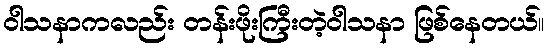
ဝါသနာကလည်း တန်းဖိုးကြီးတဲ့ဝါသနာ ဖြစ်နေတယ်။